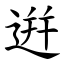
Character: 逬